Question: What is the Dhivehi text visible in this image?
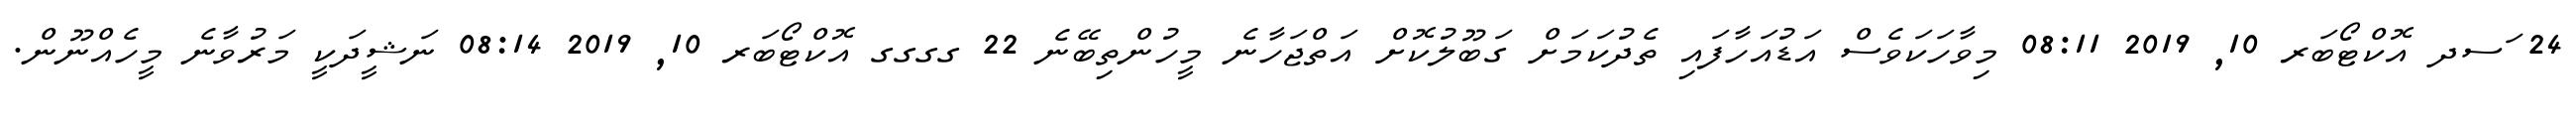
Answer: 24 ަސދ އޮކްޓޯބަރ 10, 2019 08:11 މިވާހަކަވެސް އަޑުއަހާފައި ތެދުކަމަށް ގަބޫލުކޮށް އަތްޖަހާނެ މީހުންތިބޭނެ 22 ގގގގ އޮކްޓޯބަރ 10, 2019 08:14 ނަޝީދަކީ މަރުވާނެ މީހެއްނޫން.